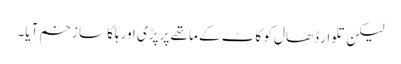
لیکن تلوار ڈھال کو کاٹ کے ماتھے پر پڑی اور ہلکا سا زخم آیا۔